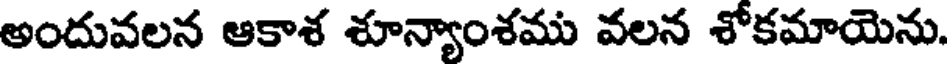
అందువలన ఆకాశ శూన్యాంశము వలన శోకమాయెను.